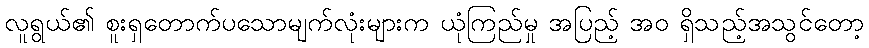
လူရွယ်၏ စူးရှတောက်ပသောမျက်လုံးများက ယုံကြည်မှု အပြည့် အဝ ရှိသည့်အသွင်တော့